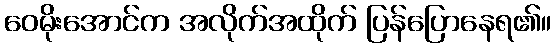
ဝေမိုးအောင်က အလိုက်အထိုက် ပြန်ပြောနေရ၏။